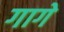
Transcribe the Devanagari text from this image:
गागे